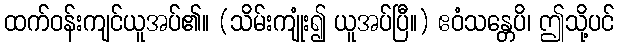
ထက်ဝန်းကျင်ယူအပ်၏။ (သိမ်းကျုံး၍ ယူအပ်ပြီ။) ဧဝံသန္တေပိ၊ ဤသို့ပင်